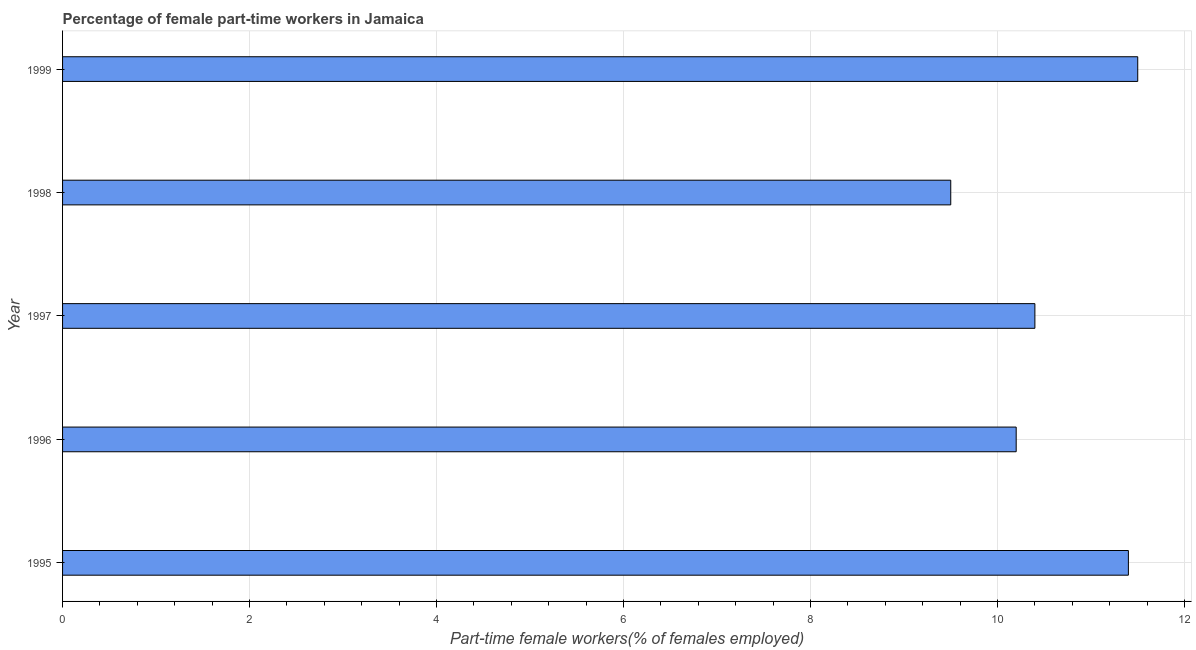
| Year | Part time employment |
 | --- | --- |
 | 1995 | 11.4 |
 | 1996 | 10.2 |
 | 1997 | 10.4 |
 | 1998 | 9.5 |
 | 1999 | 11.5 |